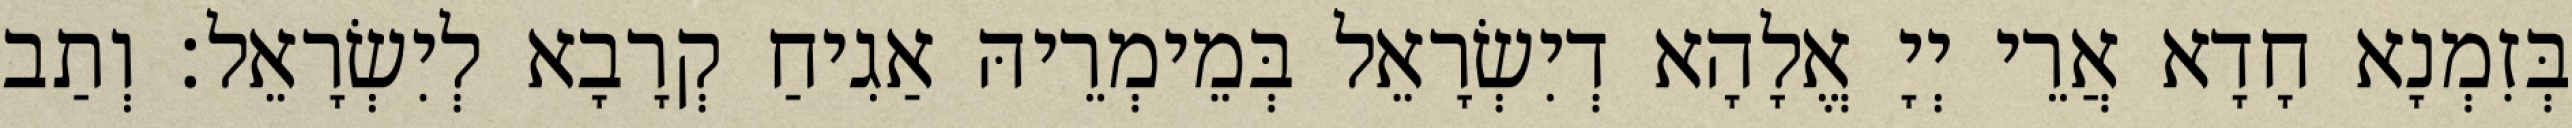
בְּזִמְנָא חָדָא אֲרֵי יְיָ אֱלָהָא דְיִשְׂרָאֵל בְּמֵימְרֵיהּ אַגִיחַ קְרָבָא לְיִשְׂרָאֵל׃ וְתַב